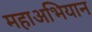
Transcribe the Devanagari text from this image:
महाअभियान